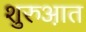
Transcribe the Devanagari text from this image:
शुरुआ़त